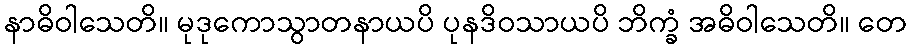
နာဓိဝါသေတိ။ မုဒုကောသွာတနာယပိ ပုနဒိဝသာယပိ ဘိက္ခံ အဓိဝါသေတိ။ တေ